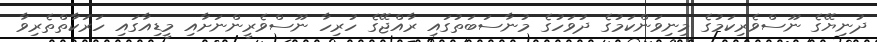
ދުނިޔޭގެ ނޫސްވެރިކަމުގެ މިނިވަންކަމުގެ ދުވަހުގެ މުނާސަބަތުގައި ރާއްޖޭގެ ހުރިހާ ނޫސްވެރީންނަށާއި މީޑިއާގައި ހަރަކާތްތެރިވާ